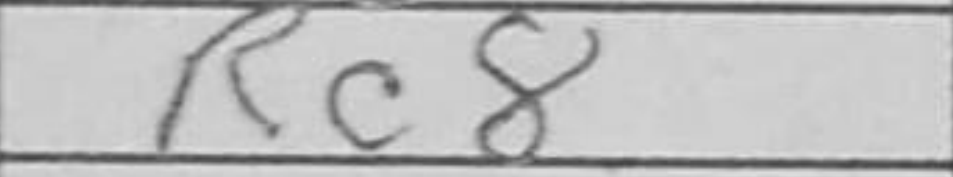
Transcription: Rc8